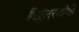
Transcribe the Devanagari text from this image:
विठ्ठलरावांची